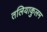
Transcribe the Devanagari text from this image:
तलियाकुलम